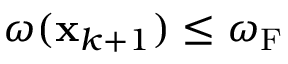
\omega ( { \bf { x } } _ { k + 1 } ) \leq \omega _ { \mathrm { { F } } }